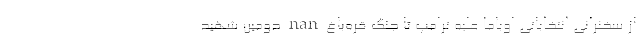
از سخنرانی انتخاباتی اوباما علیه ترامپ تا جنگ قره‌باغ nan دومین شهید